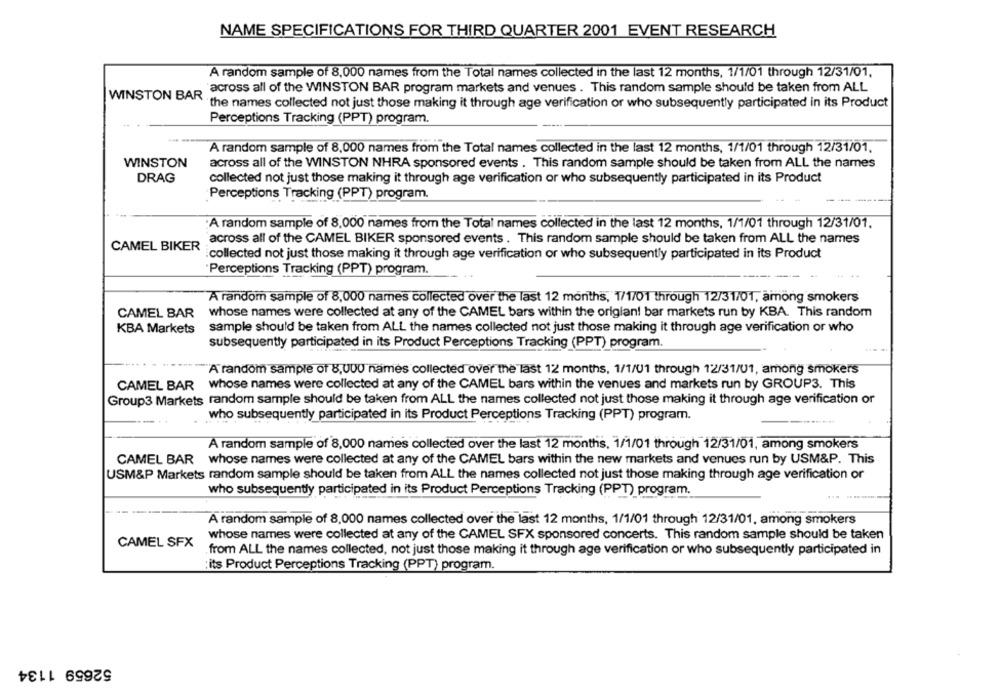
NAME SPECIFICATIONS FOR THIRD QUARTER 2001 EVENT RESEARCH
A random sample of 8,000 names from the Total names collected in the last 12 months, 1/1/01 through 12/31/01.
across all of the WINSTON BAR program markets and venues . This random sample should be taken from ALL
WINSTON BAR
the names collected not just those making it through age verification or who subsequently participated in its Product
Perceptions Tracking (PPT) program.
A random sample of 8,000 names from the Total names collected in the last 12 months, 1/1/01 through 12/31/01.
WINSTON
across all of the WINSTON NHRA sponsored events . This random sample should be taken from ALL the names
DRAG
collected not just those making it through age verification or who subsequently participated in its Product
Perceptions Tracking (PPT) program.
A random sample of 8,000 names from the Total names collected in the last 12 months, 1/1/01 through 12/31/01.
across all of the CAMEL BIKER sponsored events . This random sample should be taken from ALL the names
CAMEL BIKER
:collected not just those making it through age verification or who subsequently participated in its Product
Perceptions Tracking (PPT) program.
--
A random sample of 8,000 names collected over the last 12 months, 1/1/01 through 12/31/01, among smokers
CAMEL BAR
whose names were collected at any of the CAMEL bars within the origlan! bar markets run by KBA. This random
KBA Markets
sample should be taken from ALL the names collected not just those making it through age verification or who
subsequently participated in its Product Perceptions Tracking (PPT) program.
"A random sample of 8,000 names collected over the last 12 months, 1/1/U1 through 12/31/U1, among smokers
CAMEL BAR whose names were collected at any of the CAMEL bars within the venues and markets run by GROUP3. This
Group3 Markets random sample should be taken from ALL the names collected not just those making it through age verification or
who subsequently participated in its Product Perceptions Tracking (PPT) program.
A random sample of 8,000 names collected over the last 12 months, 1/1/01 through 12/31/01, among smokers
CAMEL BAR whose names were collected at any of the CAMEL bars within the new markets and venues run by USM&P. This
USM&P Markets random sample should be taken from ALL the names collected not just those making through age verification or
who subsequently participated in its Product Perceptions Tracking (PPT) program.
A random sample of 8,000 names collected over the last 12 months, 1/1/01 through 12/31/01, among smokers
whose names were collected at any of the CAMEL SFX sponsored concerts. This random sample should be taken
CAMEL SFX
from ALL the names collected, not just those making it through age verification or who subsequently participated in
:its Product Perceptions Tracking (PPT) program.
52659 1134